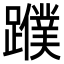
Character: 𨆯